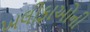
ખલીફાઓની